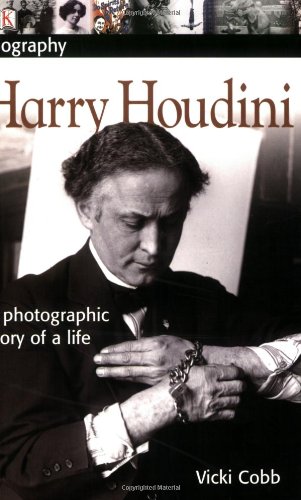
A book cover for DK Biography: Harry Houdini; Vicki Cobb; Children's Books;